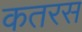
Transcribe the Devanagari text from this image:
कतरस